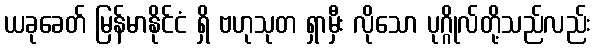
ယခုခေတ် မြန်မာနိုင်ငံ ရှိ ဗဟုသုတ ရှာမှီး လိုသော ပုဂ္ဂိုလ်တို့သည်လည်း